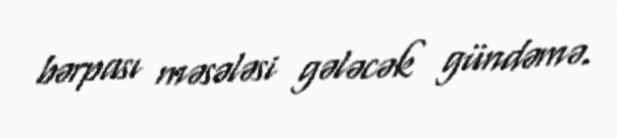
bərpası məsələsi gələcək gündəmə.